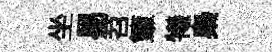
坐易苕簟犧梟